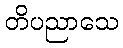
တိပညာသေ